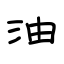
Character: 油